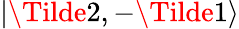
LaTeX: |\Tilde{2},-\Tilde{1}\rangle